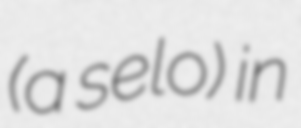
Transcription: (a selo) in